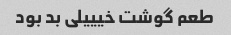
طعم گوشت خیییلی بد بود